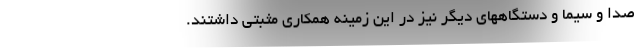
صدا و سیما و دستگاههای دیگر نیز در این زمینه همکاری مثبتی داشتند.